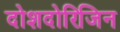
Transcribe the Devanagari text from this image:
दोशदोरिजिन